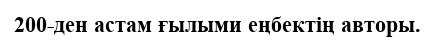
200-ден астам ғылыми еңбектің авторы.